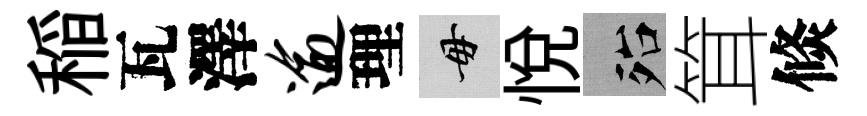
稲瓦澤逾理毋悦殆䇯倐